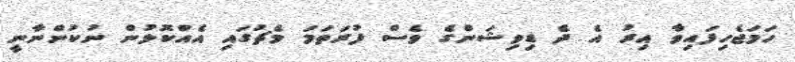
ހަމަޖެހިފައިވާ އިރު އެ ދެ ޑިވިޝަންގެ ވެސް ފުރަތަމަ މެޗުގައި އެއްކޮޅުން ނުކުންނާނީ